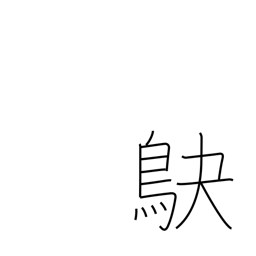
Meaning: shrike